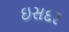
ઇસદર